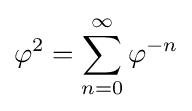
\varphi ^{2}=\sum _{n=0}^{\infty }\varphi ^{-n}